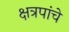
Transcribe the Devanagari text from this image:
क्षत्रपांचे